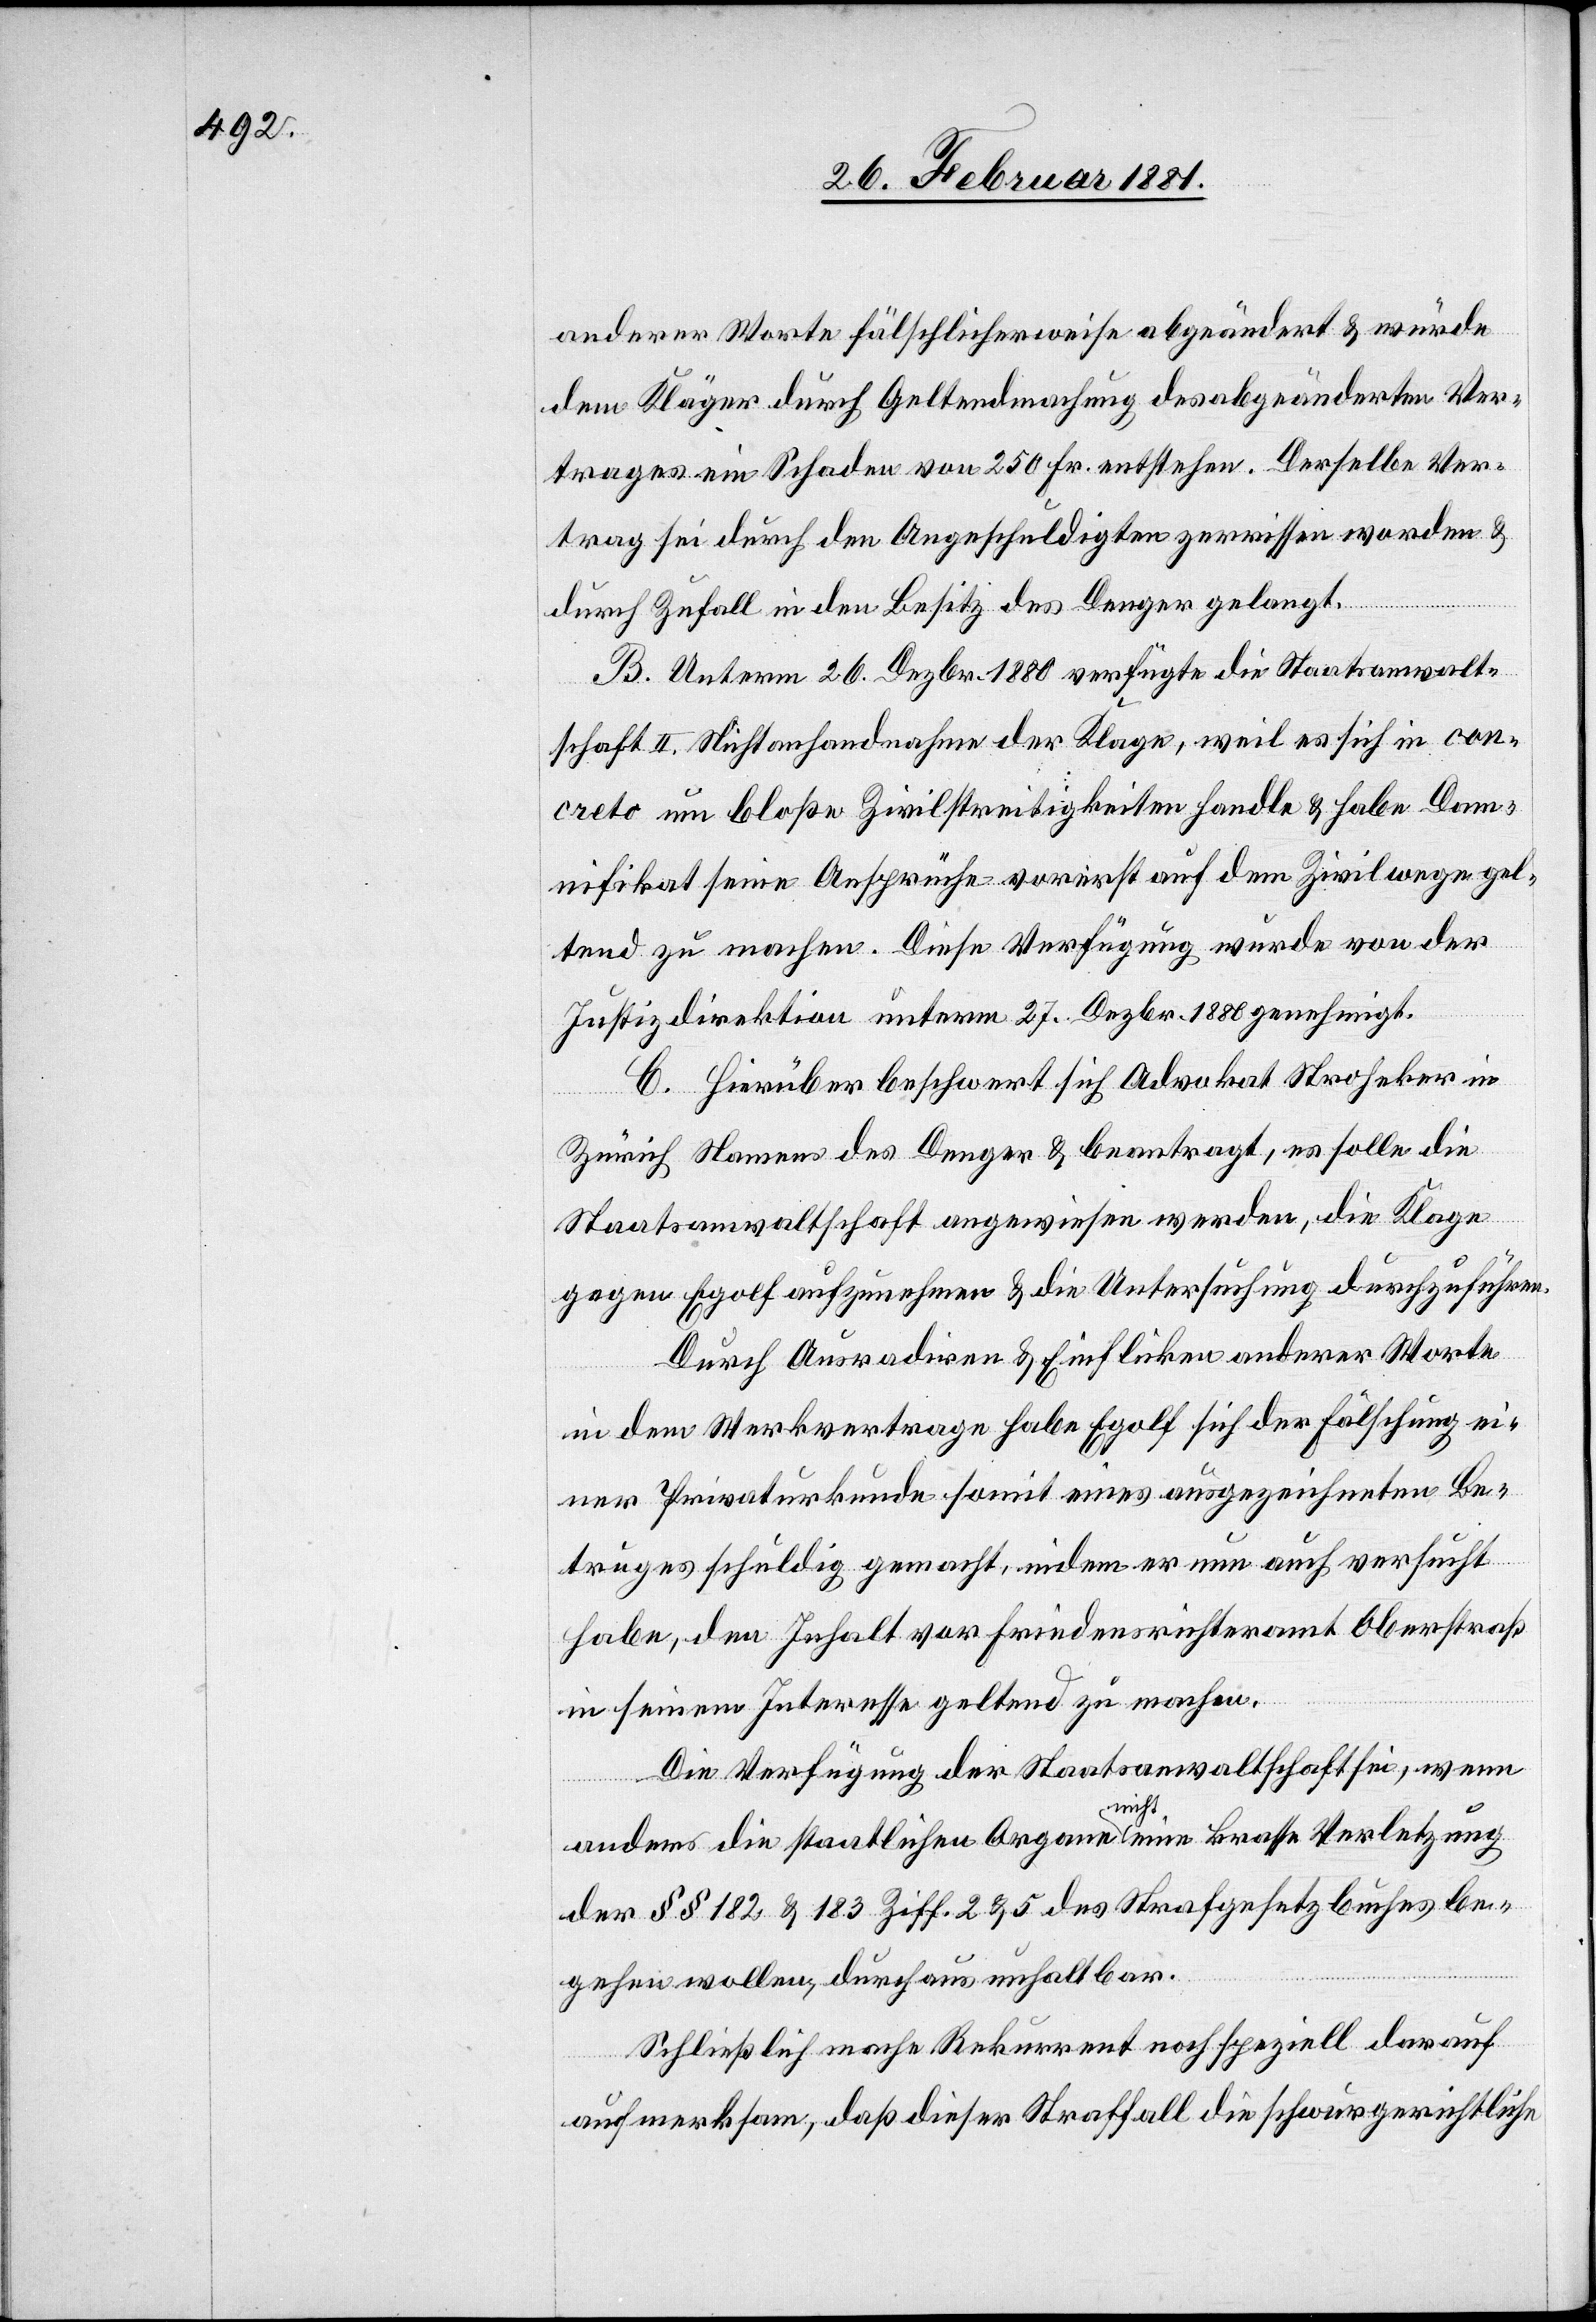
anderer Worte fälschlicherweise abgeändert & würde
dem Kläger durch Geltendmachung des abgeänderten Ver¬
trages ein Schaden von 250 Fr. entstehen. Derselbe Ver¬
trag sei durch den Angeschuldigten zerrissen worden &
durch Zufall in den Besitz des Denger gelangt.
B. Unterm 26. Dezbr. 1880 verfügte die Staatsanwalt¬
schaft II. Nichtanhandnahme der Klage, weil es sich in con¬
creto um bloße Zivilstreitigkeiten handle & habe Dam¬
nifikat seine Ansprüche vorerst auf dem Zivilwege gel¬
ten zu machen. Diese Verfügung wurde von der
Justizdirektion unterm 27. Dezbr. 1880 genehmigt.
C. Hierüber beschwert sich Advokat Stroheker in
Zürich Namen des Denger & beantragt, es solle die
Staatsanwaltschaft angewiesen werden, die Klage
gegen Egolf aufzunehmen & die Untersuchung durchzuführen.
Durch Ausradiren & Einflicken anderer Worte
in dem Werkvertrage habe Egolf sich der Fälschung ei¬
ner Privaturkunde somit eines ausgezeichneten Be¬
truges schuldig gemacht, indem er nun auch versucht
habe, den Inhalt vor Friedensrichteramt Oberstraß
in seinem Interesse geltend zu machen.
Die Verfügung der Staatsanwaltschaft sei, wenn
anders die staatlichen Organe nicht eine krasse Verletzung
der §§ 182 & 183 Ziff. 2 & 5 des Strafgesetzbuches be¬
gehen wollen, durchaus unhaltbar.
Schließlich mache Rekurrent noch speziell darauf
aufmerksam, daß dieser Straffall die schwurgerichtliche